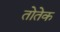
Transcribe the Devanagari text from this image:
तोतेक